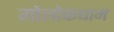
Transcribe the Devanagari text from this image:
गोलोकधाम